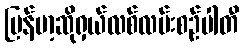
မြန်မာ့ဆိုရှယ်လစ်လမ်းစဉ်ပါတီ